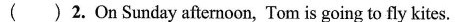
( )2.On Sunday afternoon, Tom is going to fly kites.